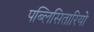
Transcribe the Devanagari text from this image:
पब्लिसितारियो